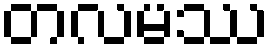
တလမဿ